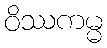
ဝိဿကမ္မ